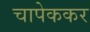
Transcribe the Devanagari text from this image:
चापेककर